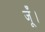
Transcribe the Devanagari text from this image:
जूँ।